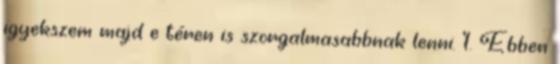
igyekszem majd e téren is szorgalmasabbnak lenni. 1. Ebben